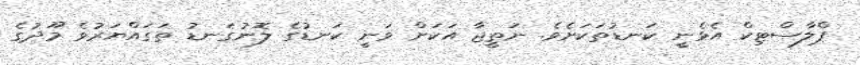
ޕްލާސްޓިކް އެޅެނީ ކަނޑުތަކަށެވެ. ނަތީޖާ އަކަށް ވަނީ ކަނޑުގެ ލޮނުގަނޑު ތަގައްޔަރުވެ މޫދުގެ